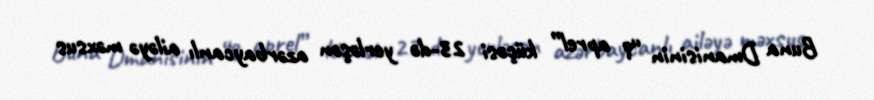
Buna Dmanisinin “9 aprel” küçəsi 23-də yerləşən azərbaycanlı ailəyə məxsus